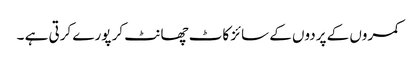
کمروں کے پردوں کے سائز کاٹ چھانٹ کر پورے کرتی ہے ۔